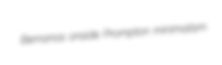
Bernanos onside Prompton minimalism